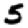
Digit: 5